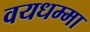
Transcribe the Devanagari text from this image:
वयधम्मा